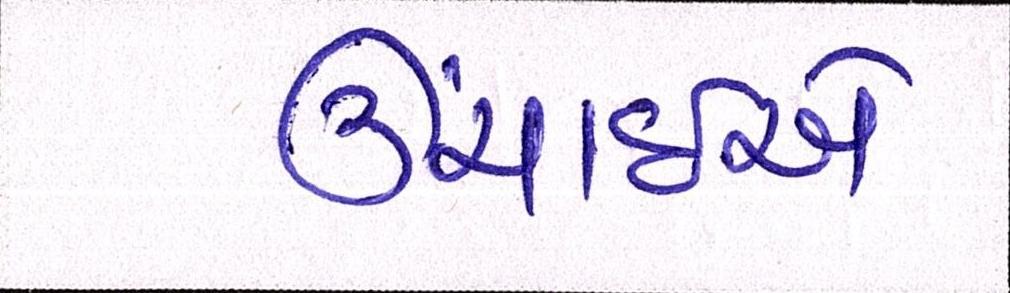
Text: ઉંચાઈએ